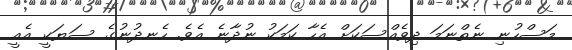
މަސްހުނި ނެތްނަމަ ދިވެއްސަކަށް އެހާ ކަމަކު ނުދާނެ އެވެ. ހެނދުނުގެ ސަޔަކީ އެއީ